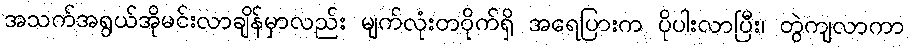
အသက်အရွယ်အိုမင်းလာချိန်မှာလည်း မျက်လုံးတဝိုက်ရှိ အရေပြားက ပိုပါးလာပြီး၊ တွဲကျလာကာ